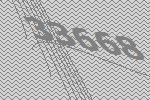
33668